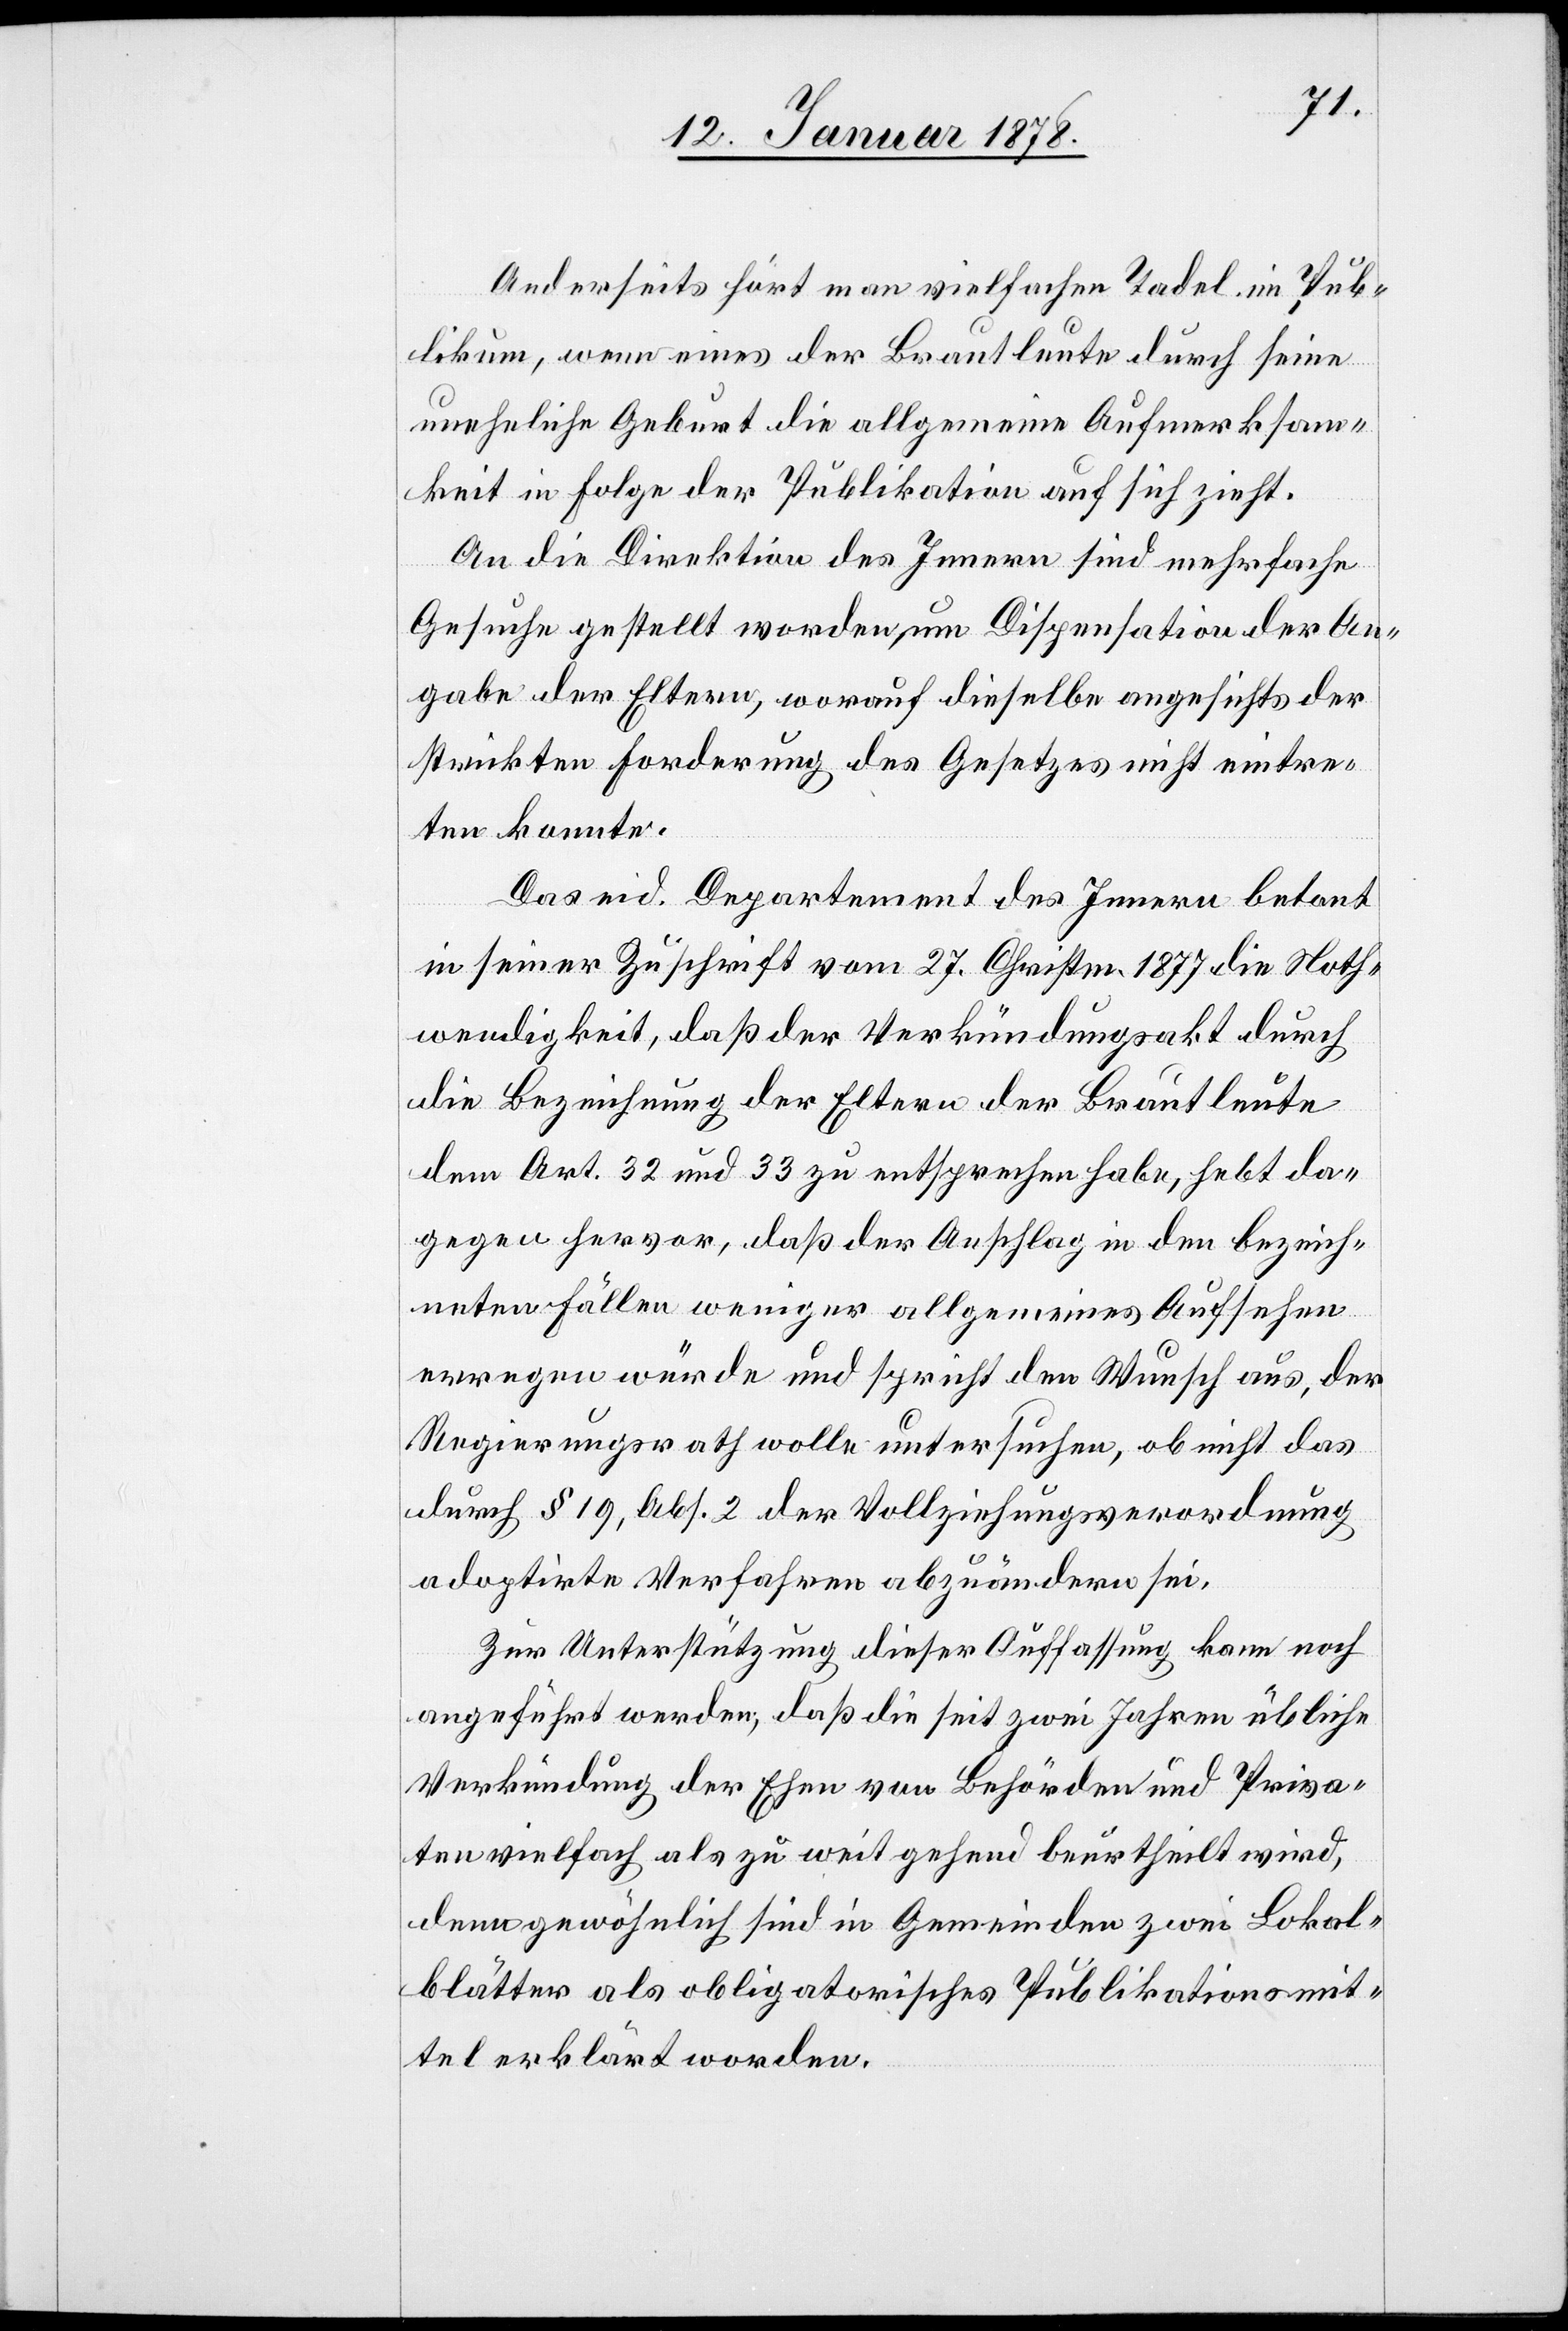
Anderseits hört man vielfachen Tadel im Pub¬
likum, wenn eines der Brautleute durch seine
uneheliche Geburt die allgemeine Aufmerksam¬
keit in Folge der Publikation auf sich zieht.
An die Direktionen des Innern sind mehrfache
Gesuche gestellt worden, um Dispensation der An¬
gabe der Eltern, worauf dieselbe angesichts der
strickten Forderung des Gesetzes nicht eintre¬
ten konnte.
Das eid. Departement des Innern befand
in seiner Zuschrift vom 27. Christm. 1877 die Noth¬
wendigkeit, daß der Verkündungsakt durch
die Bezeichnung der Eltern der Brautleute
dem Art. 32 und 33 zu entsprechen habe, hebt da¬
gegen hervor, daß der Anschlag in den bezeich¬
neten Fällen weniger allgemeines Aufsehen
erregen würde und spricht den Wunsch aus, der
Regierungsrath wolle untersuchen, ob nicht das
durch § 19, Abs. 2 der Vollziehungsverordnung
adoptirte Verfahren abzuändern sei.
Zur Unterstützung dieser Auffassung kann noch
angeführt werden, daß die seit zwei Jahren übliche
Verkündung der Ehen von Behörden und Priva¬
ten vielfach als zu weit gehend beurtheilt wird,
denn gewöhnlich sind in Gemeinden zwei Lokal¬
blätter als obligatorisches Publikationsmit¬
tel erklärt worden.